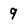
Character: 9